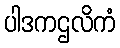
ပါဒကဌလိကံ